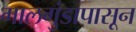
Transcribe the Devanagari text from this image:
गालगुंडापासून